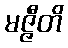
မဇ္ဇီတိ